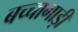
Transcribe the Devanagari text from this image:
बच्चागाड़ी